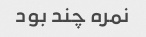
نمره چند بود